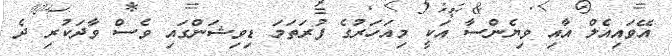
އޭވައިއެލް އާއި ވިޔެންސާ އަކީ މިއަހަރުގެ ފުރަތަމަ ޑިވިޝަންގައި ވެސް ވާދަކުރި ދެ